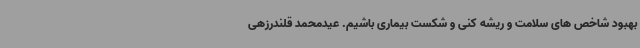
بهبود شاخص های سلامت و ریشه کنی و شکست بیماری باشیم. عیدمحمد قلندرزهی